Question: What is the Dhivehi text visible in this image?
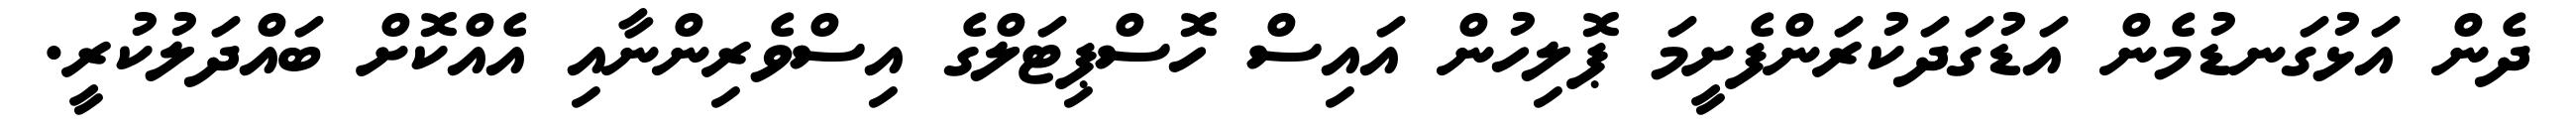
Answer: ދެން އަޅުގަނޑުމެން އަޑުގަދަކުރަންފެށީމަ ޕޮލިހުން އައިސް ހޮސްޕިޓަލްގެ އިސްވެރިންނާއި އެއްކޮށް ބައްދަލުކުރީ.